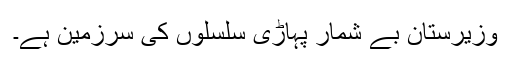
وزیرستان بے شمار پہاڑی سلسلوں کی سرزمین ہے۔